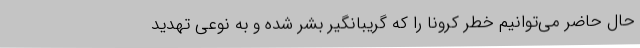
حال حاضر می‌توانیم خطر کرونا را که گریبانگیر بشر شده و به نوعی تهدید